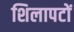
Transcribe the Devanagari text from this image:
शिलापटों